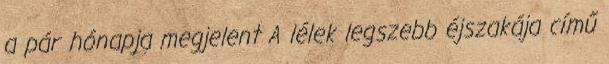
a pár hónapja megjelent A lélek legszebb éjszakája című